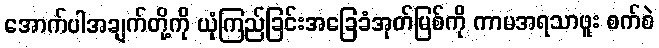
အောက်ပါအချက်တို့ကို ယုံကြည်ခြင်းအခြေခံအုတ်မြစ်ကို ကာမအရသာဖူး စက်စဲ